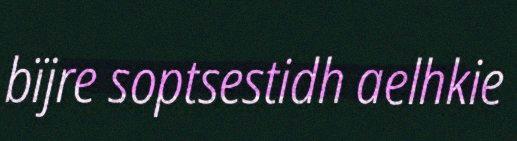
bïjre soptsestidh aelhkie